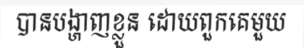
បានបង្ហាញខ្លួន ដោយពួកគេមួយ